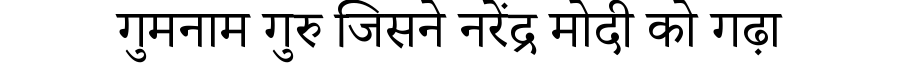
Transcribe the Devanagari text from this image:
गुमनाम गुरु जिसने नरेंद्र मोदी को गढ़ा